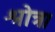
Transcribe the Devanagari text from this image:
श्रोत्र।